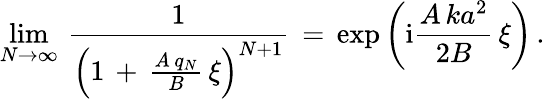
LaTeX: \begin{array}{l}{\displaystyle\operatorname*{lim}_{N\to\infty}\, \frac{1}{\left(1\, +\, \frac{A\, q_{N}}{B}\, \xi\right)^{N+1}}\, =\, \exp\left(\mathrm{i}\frac{A\, ka^{2}}{2B}\, \xi\right)\, .}\end{array}